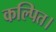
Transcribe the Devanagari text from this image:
कल्पित।